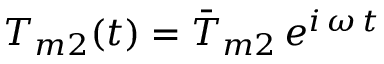
T _ { m 2 } ( t ) = \bar { T } _ { m 2 } \, e ^ { i \, \omega \, t }